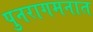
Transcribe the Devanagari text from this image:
पुनरागमनात